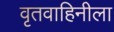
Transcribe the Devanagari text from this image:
वृतवाहिनीला